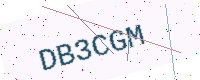
Text: DB3CGM